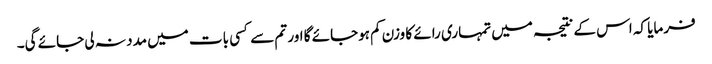
فرمایا کہ اس کے نتیجہ میں تمہاری رائے کا وزن کم ہوجائے گا اور تم سے کسی بات میں مدد نہ لی جائے گی۔